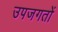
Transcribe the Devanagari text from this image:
उपजगतों